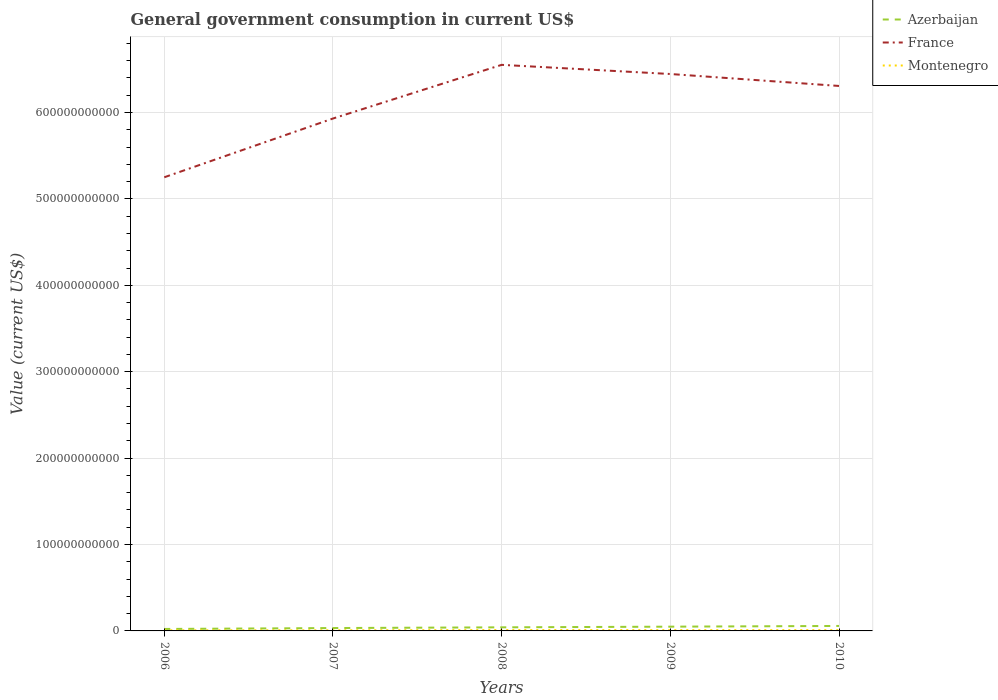
| Years | Azerbaijan | France | Montenegro |
 | --- | --- | --- | --- |
 | 2006 | 2.27e+09 | 5.25e+11 | 7.28e+08 |
 | 2007 | 3.33e+09 | 5.93e+11 | 7.38e+08 |
 | 2008 | 4.15e+09 | 6.55e+11 | 1.02e+09 |
 | 2009 | 4.93e+09 | 6.45e+11 | 9.19e+08 |
 | 2010 | 5.76e+09 | 6.31e+11 | 9.14e+08 |